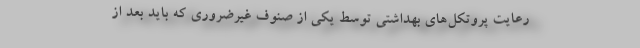
رعایت پروتکل‌های بهداشتی توسط یکی از صنوف غیرضروری که باید بعد از